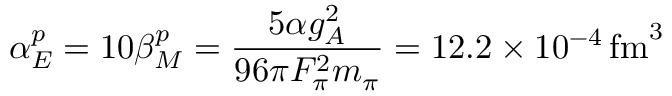
\alpha _ { E } ^ { p } = 1 0 \beta _ { M } ^ { p } = { \frac { 5 \alpha g _ { A } ^ { 2 } } { 9 6 \pi F _ { \pi } ^ { 2 } m _ { \pi } } } = 1 2 . 2 \times 1 0 ^ { - 4 } \, \mathrm { f m } ^ { 3 }